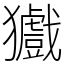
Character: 㺣